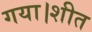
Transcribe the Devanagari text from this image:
गया।शीत